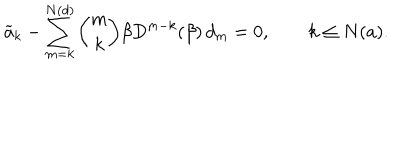
\widetilde a _ { k } - \sum _ { m = k } ^ { N ( d ) } { \binom { m } { k } } \beta D ^ { m - k } ( \beta ) \, d _ { m } = 0 , \qquad k \le N ( a ) .